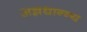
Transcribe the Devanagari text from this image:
अन्नधान्न्य